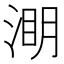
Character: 𭱑